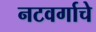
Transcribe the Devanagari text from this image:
नटवर्गाचे